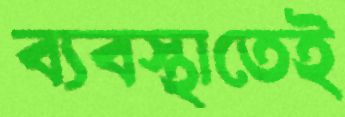
ব্যবস্থাতেই